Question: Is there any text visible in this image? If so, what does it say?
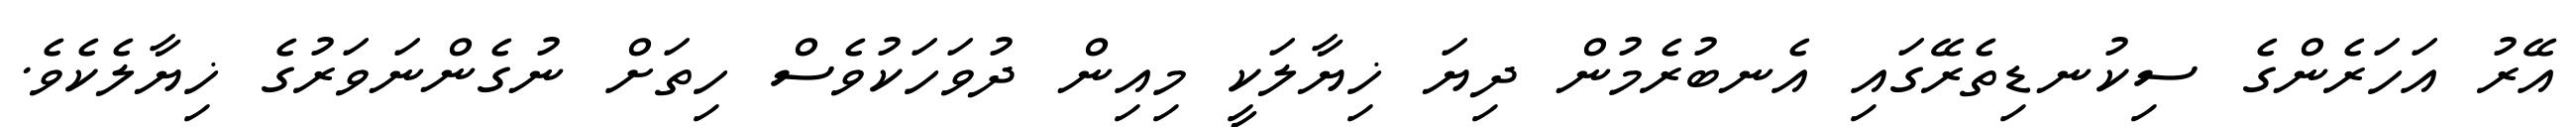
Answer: އޭރު އަހަރެންގެ ސިކުނޑިތެރޭގައި އެނބުރެމުން ދިޔަ ޚިޔާލަކީ މިއިން ދުވަހަކުވެސް ހިތަށް ނުގެންނަވަރުގެ ޚިޔާލެކެވެ.